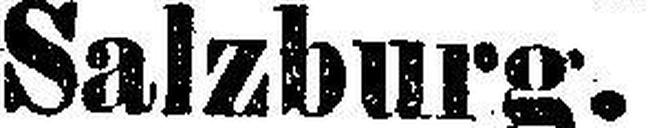
Salzburg.